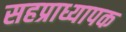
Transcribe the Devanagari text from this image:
सहप्राध्यापक